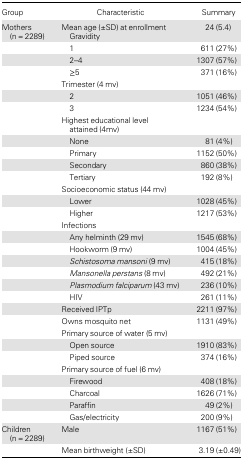
<table><thead><tr><td><b>Group</b></td><td><b>Characteristic</b></td><td><b>Summary</b></td></tr></thead><tbody><tr><td>Mothers (n = 2289)</td><td>Mean age (±SD) at enrollment Gravidity</td><td>24 (5.4)</td></tr><tr><td></td><td> 1</td><td>611 (27%)</td></tr><tr><td></td><td> 2–4</td><td>1307 (57%)</td></tr><tr><td></td><td> ≥5</td><td>371 (16%)</td></tr><tr><td></td><td colspan="2">Trimester (4 mv)</td></tr><tr><td></td><td> 2</td><td>1051 (46%)</td></tr><tr><td></td><td> 3</td><td>1234 (54%)</td></tr><tr><td></td><td colspan="2">Highest educational level attained (4mv)</td></tr><tr><td></td><td> None</td><td>81 (4%)</td></tr><tr><td></td><td> Primary</td><td>1152 (50%)</td></tr><tr><td></td><td> Secondary</td><td>860 (38%)</td></tr><tr><td></td><td> Tertiary</td><td>192 (8%)</td></tr><tr><td></td><td colspan="2">Socioeconomic status (44 mv)</td></tr><tr><td></td><td> Lower</td><td>1028 (45%)</td></tr><tr><td></td><td> Higher</td><td>1217 (53%)</td></tr><tr><td></td><td colspan="2">Infections</td></tr><tr><td></td><td> Any helminth (29 mv)</td><td>1545 (68%)</td></tr><tr><td></td><td> Hookworm (9 mv)</td><td>1004 (45%)</td></tr><tr><td></td><td> <i>Schistosoma mansoni</i> (9 mv)</td><td>415 (18%)</td></tr><tr><td></td><td> <i>Mansonella perstans</i> (8 mv)</td><td>492 (21%)</td></tr><tr><td></td><td> <i>Plasmodium falciparum</i> (43 mv)</td><td>236 (10%)</td></tr><tr><td></td><td> HIV</td><td>261 (11%)</td></tr><tr><td></td><td>Received IPTp</td><td>2211 (97%)</td></tr><tr><td></td><td>Owns mosquito net</td><td>1131 (49%)</td></tr><tr><td></td><td colspan="2">Primary source of water (5 mv)</td></tr><tr><td></td><td> Open source</td><td>1910 (83%)</td></tr><tr><td></td><td> Piped source</td><td>374 (16%)</td></tr><tr><td></td><td colspan="2">Primary source of fuel (6 mv)</td></tr><tr><td></td><td> Firewood</td><td>408 (18%)</td></tr><tr><td></td><td> Charcoal</td><td>1626 (71%)</td></tr><tr><td></td><td> Paraffin</td><td>49 (2%)</td></tr><tr><td></td><td> Gas/electricity</td><td>200 (9%)</td></tr><tr><td>Children (n = 2289)</td><td>Male</td><td>1167 (51%)</td></tr><tr><td></td><td>Mean birthweight (±SD)</td><td>3.19 (±0.49)</td></tr></tbody></table>